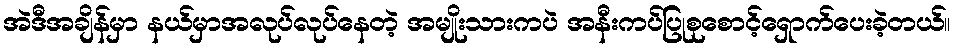
အဲဒီအချိန်မှာ နယ်မှာအလုပ်လုပ်နေတဲ့ အမျိုးသားကပဲ အနီးကပ်ပြုစုစောင့်ရှောက်ပေးခဲ့တယ်။